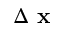
\Delta \textbf { x }